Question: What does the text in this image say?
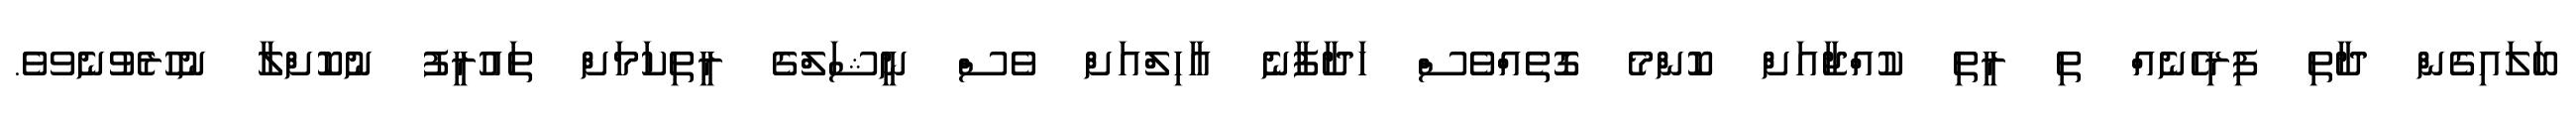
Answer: ބަލައިގެން ދާތި ފިރިހެނެއް ތި ރީތި ކުއްޖާއަށް ކޮންމެ ގޮތެއްވެސް ހަދާފާނެ އާހިލްއަށް ވެސް ނީޝަލްގެ ރީތިކަމަށް ތައުރީފު ނުކޮށްލާ ނުހުރެވުނެވވެ.